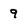
Character: 9